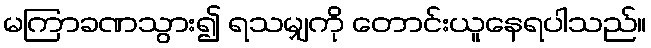
မကြာခဏသွား၍ ရသမျှကို တောင်းယူနေရပါသည်။